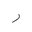
Letter: _ra